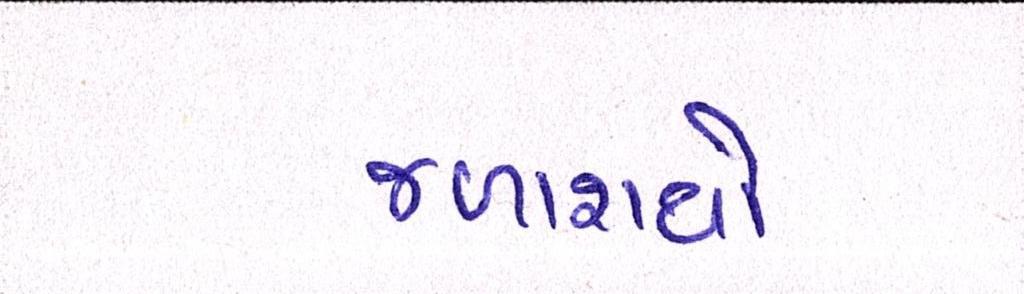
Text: જળાશયો